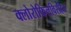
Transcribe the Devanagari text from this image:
क्लोरोफिलविरहित